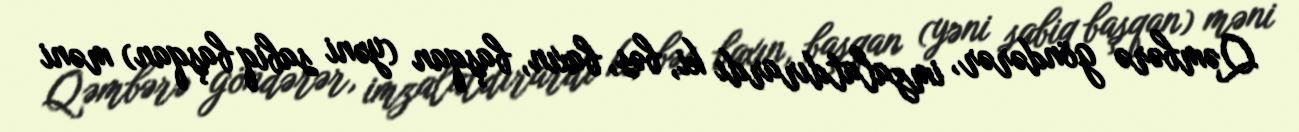
Qəmbərə göndərər, imzalatdırardı ki, bəs, baxın, başqan (yəni sabiq başqan) məni